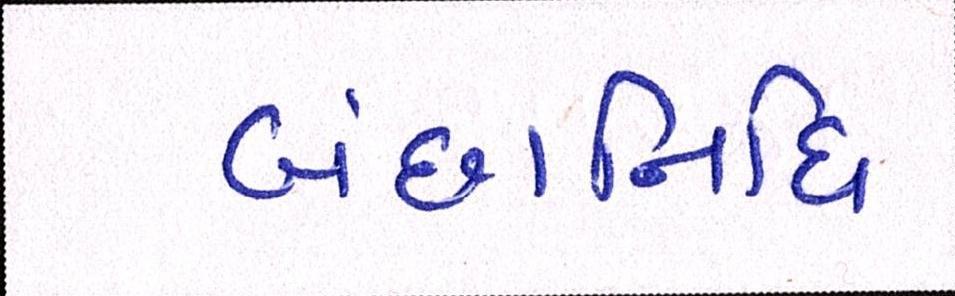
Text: બંછાનિધિ